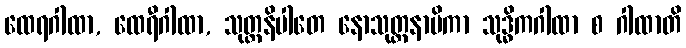
ထေရဂါထာ, ထေရီဂါထာ, သုတ္တနိပါတေ နောသုတ္တနာမိကာ သုဒ္ဓိကဂါထာ စ ဂါထာတိ